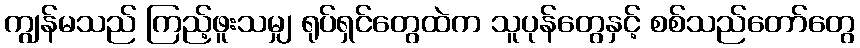
ကျွန်မသည် ကြည့်ဖူးသမျှ ရုပ်ရှင်တွေထဲက သူပုန်တွေနှင့် စစ်သည်တော်တွေ